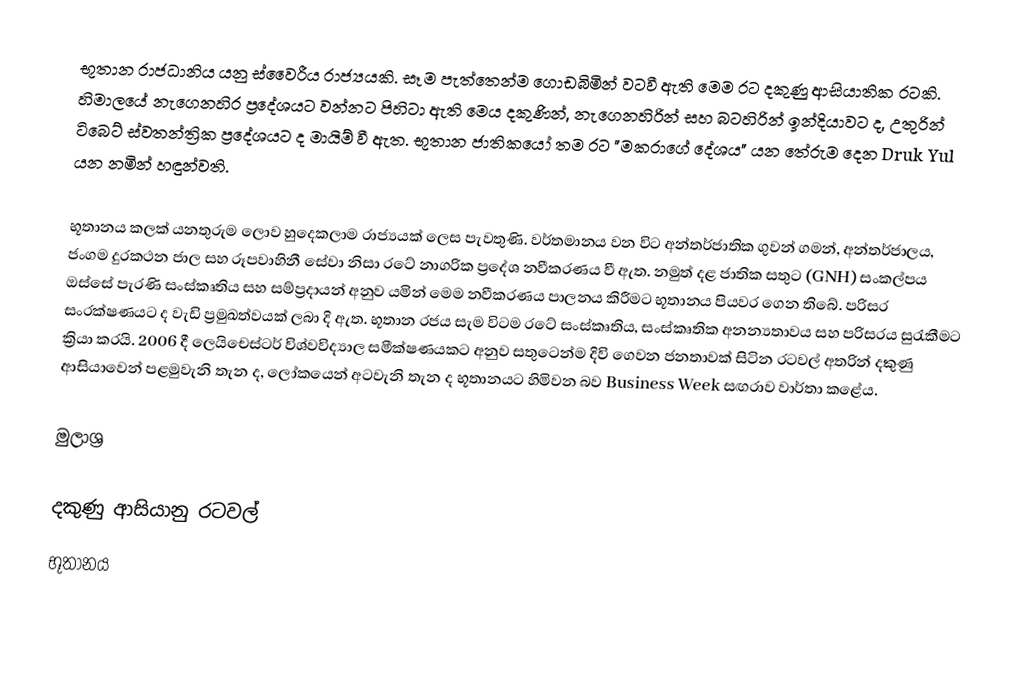
භූතාන රාජධානිය යනු ස්වෛරීය රාජ්‍යයකි. සෑම පැත්තෙන්ම ගොඩබිමින් වටවී ඇති මෙම රට දකුණු ආසියාතික රටකි. හිමාලයේ නැගෙනහිර ප්‍රදේශයට වන්නට පිහිටා ඇති මෙය දකුණින්, නැගෙනහිරින් සහ බටහිරින් ඉන්දියාවට ද, උතුරින් ටිබෙට් ස්වතන්ත්‍රික ප්‍රදේශයට ද මායිම් වී ඇත. භූතාන ජාතිකයෝ තම රට "මකරාගේ දේශය" යන තේරුම දෙන Druk Yul යන නමින් හඳුන්වති.

භූතානය කලක් යනතුරුම ලොව හුදෙකලාම රාජ්‍යයක් ලෙස පැවතුණි. වර්තමානය වන විට අන්තර්ජාතික ගුවන් ගමන්, අන්තර්ජාලය, ජංගම දුරකථන ජාල සහ රූපවාහිනී සේවා නිසා රටේ නාගරික ප්‍රදේශ නවීකරණය වී ඇත. නමුත් දළ ජාතික සතුට (GNH) සංකල්පය ඔස්සේ පැරණි සංස්කෘතිය සහ සම්ප්‍රදායන් අනුව යමින් මෙම නවීකරණය පාලනය කිරීමට භූතානය පියවර ගෙන තිබේ. පරිසර සංරක්ෂණයට ද වැඩි ප්‍රමුඛත්වයක් ලබා දි ඇත. භූතාන රජය සැම විටම රටේ සංස්කෘතිය, සංස්කෘතික අනන්‍යතාවය සහ පරිසරය සුරැකීමට ක්‍රියා කරයි. 2006 දී ලෙයිචෙස්ටර් විශ්වවිද්‍යාල සමීක්ෂණයකට අනුව සතුටෙන්ම දිවි ගෙවන ජනතාවක් සිටින රටවල් අතරින් දකුණු ආසියාවෙන් පළමුවැනි තැන ද, ලෝකයෙන් අටවැනි තැන ද භූතානයට හිමිවන බව Business Week සඟරාව වාර්තා කළේය.

මුලාශ්‍ර

දකුණු ආසියානු රටවල්
භූතානය